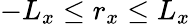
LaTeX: -L_{x}\leq r_{x}\leq L_{x}